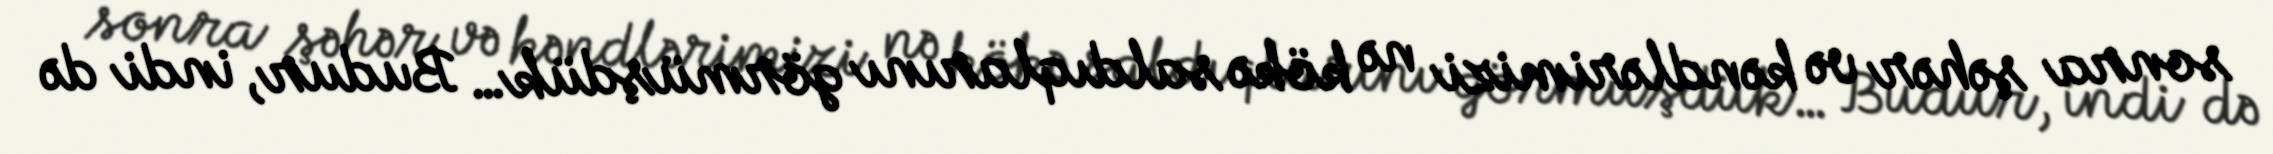
sonra şəhər və kəndlərimizi nə kökə saldıqlarını görmüşdük… Budur, indi də